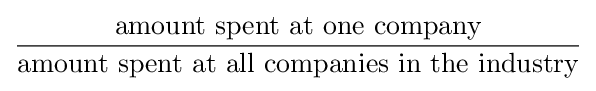
{\frac {\text{amount spent at one company}}{\text{amount spent at all companies in the industry}}}